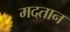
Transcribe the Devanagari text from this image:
मदतान